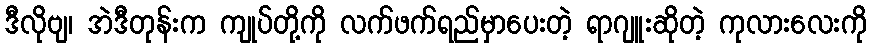
ဒီလိုဗျ၊ အဲဒီတုန်းက ကျုပ်တို့ကို လက်ဖက်ရည်မှာပေးတဲ့ ရာဂျူးဆိုတဲ့ ကုလားလေးကို